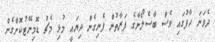
ދެވަނަ ހާފުގައި ވެސް ބާސެލޯނާގެ ފަރާތުން ފެނިގެން ދިޔައީ މުޅި މެޗު ޑޮމިނޭޓުކޮށްގެން